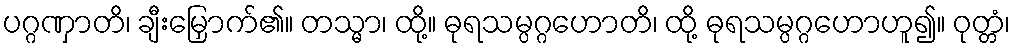
ပဂ္ဂဏှာတိ၊ ချီးမြှောက်၏။ တသ္မာ၊ ထို့။ ဓုရသမ္ပဂ္ဂဟောတိ၊ ထို့ ဓုရသမ္ပဂ္ဂဟောဟူ၍။ ဝုတ္တံ၊